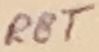
Text: RST